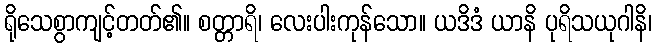
ရိုသေစွာကျင့်တတ်၏။ စတ္တာရိ၊ လေးပါးကုန်သော။ ယဒိဒံ ယာနိ ပုရိသယုဂါနိ၊